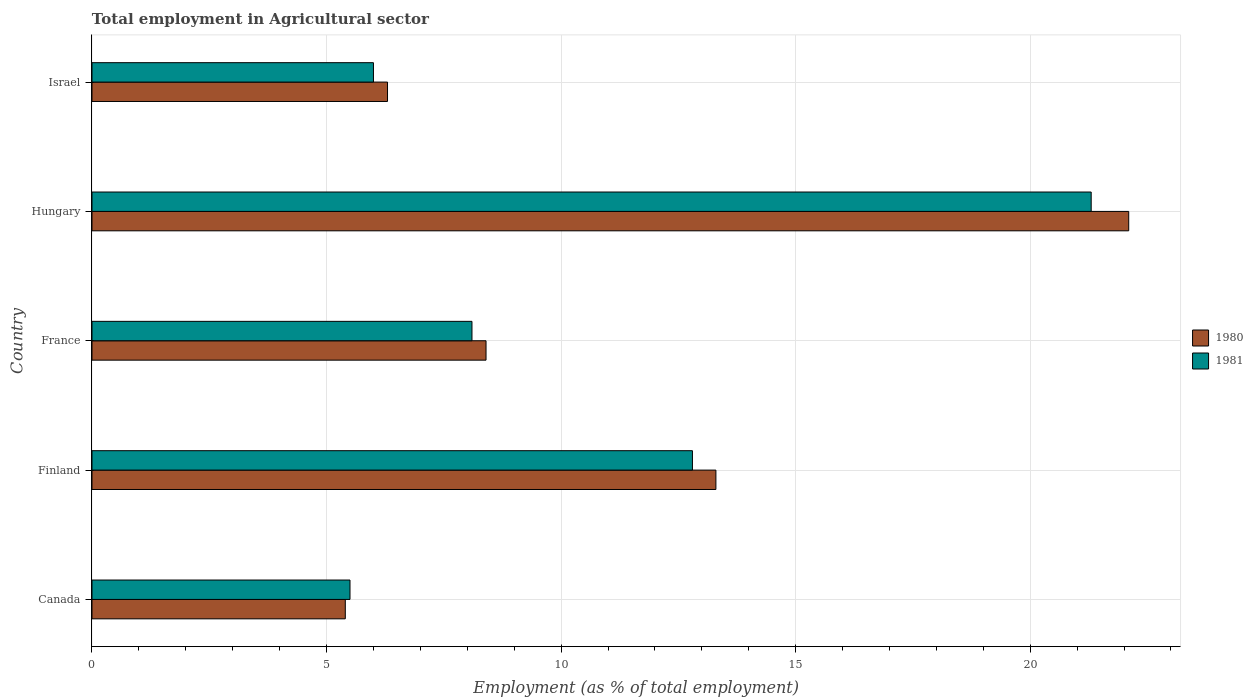
| Country | 1980 | 1981 |
 | --- | --- | --- |
 | Canada | 5.4 | 5.5 |
 | Finland | 13.3 | 12.8 |
 | France | 8.4 | 8.1 |
 | Hungary | 22.1 | 21.3 |
 | Israel | 6.3 | 6 |